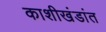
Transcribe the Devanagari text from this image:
काशीखंडांत